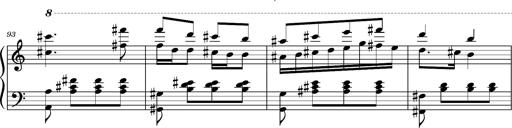
Title: Ungarischer Romanzero
Composer: Franz Liszt